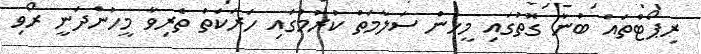
ރިޕޯޓްތައް ބުނާ ގޮތުގައި މީހުން ސަލާމަތް ކުރުމުގައި ހަރަކަތް ތެރިވާ މީހުންދަނީ ރޯވި